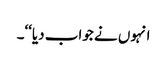
انہوں نے جواب دیا‘‘۔